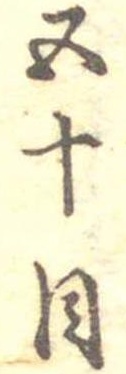
五十目